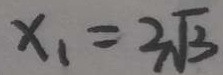
x _ { 1 } = 2 \sqrt { 3 }